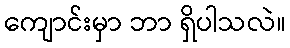
ကျောင်းမှာ ဘာ ရှိပါသလဲ။